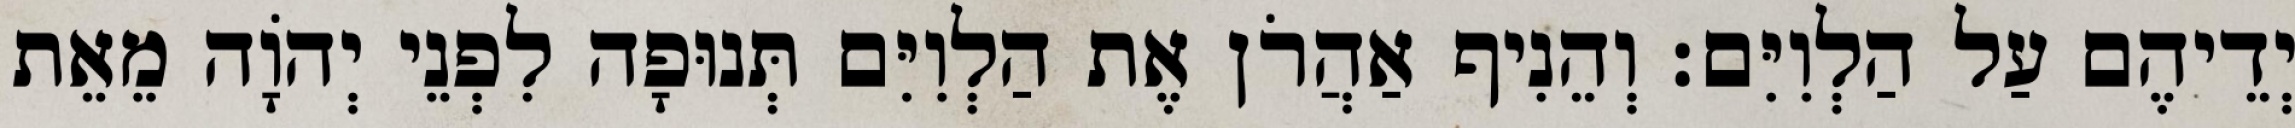
יְדֵיהֶם עַל הַלְוִיִּם׃ וְהֵנִיף אַהֲרֹן אֶת הַלְוִיִּם תְּנוּפָה לִפְנֵי יְהֹוָה מֵאֵת